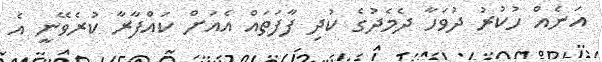
އަނެއް ހުކުރު ދުވަހާ ދެމެދުގެ ކުދި ފާފަތައް އެއަށް ކައްފާރާ ކުރެވޭނީ އެ